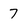
Character: 7